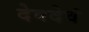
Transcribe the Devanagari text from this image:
देवदेवं